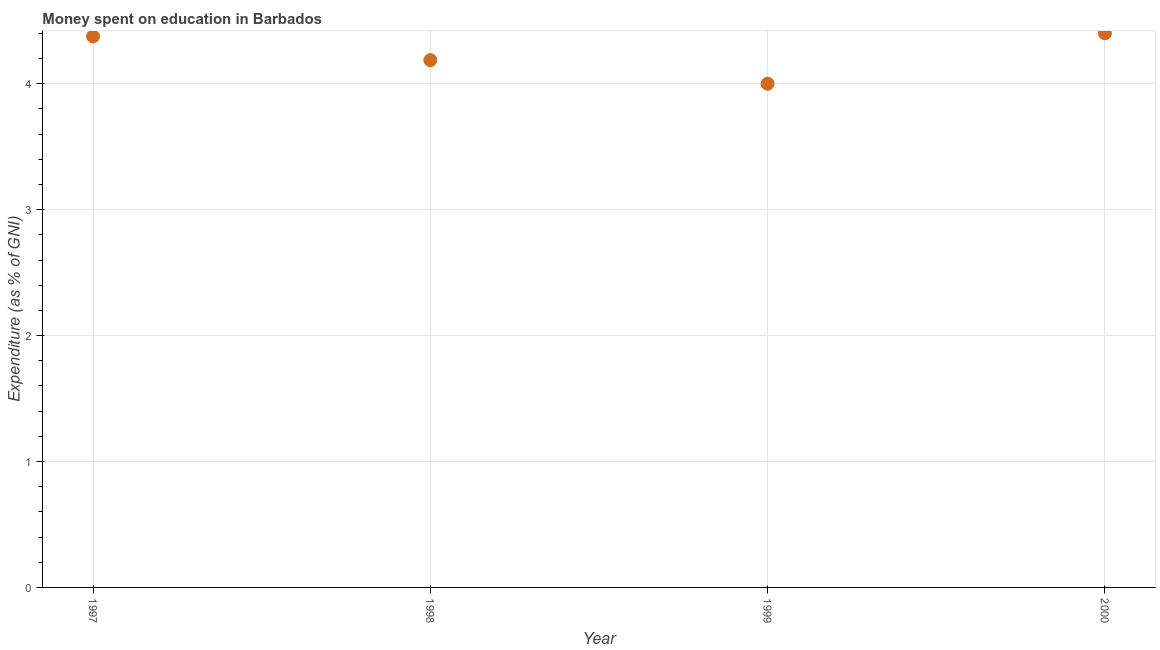
| Year | Education expenditure |
 | --- | --- |
 | 1997 | 4.38 |
 | 1998 | 4.19 |
 | 1999 | 4 |
 | 2000 | 4.4 |